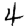
Digit: 4